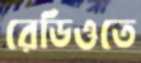
রেডিওতে